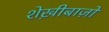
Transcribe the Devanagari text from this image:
शेख़ीबाज़ों